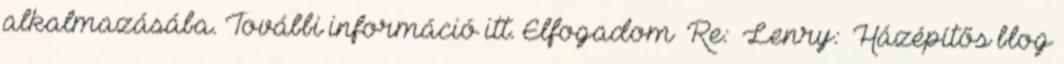
alkalmazásába. További információ itt. Elfogadom Re: Lenry: Házépítős blog